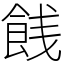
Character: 䬻